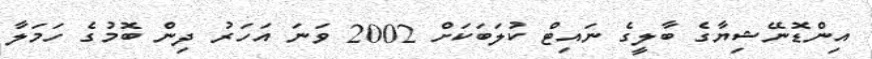
އިންޑޮނޭޝިޔާގެ ބާލީގެ ނައިޓް ކުލަބަކަށް 2002 ވަނަ އަހަރު ދިން ބޮމުގެ ހަމަލާ